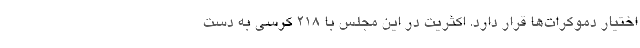
اختیار دموکرات‌ها قرار دارد. اکثریت در این مجلس با ۲۱۸ کرسی به دست